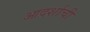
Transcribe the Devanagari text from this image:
आदर्शाची